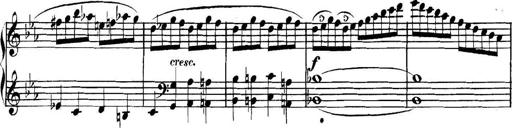
Title: Collected Piano Sonatas
Composer: Muzio Clementi